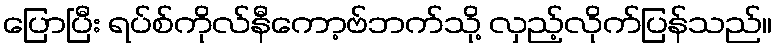
ပြောပြီး ရပ်စ်ကိုလ်နီကော့ဗ်ဘက်သို့ လှည့်လိုက်ပြန်သည်။